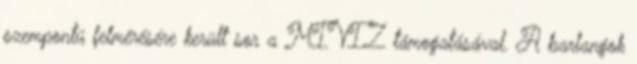
szempontú felmérésére került sor a MIVIZ támogatásával. A barlangok